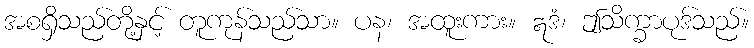
အစရှိသည်တို့နှင့် တူကုန်သည်သာ။ ပန၊ အထူးကား။ ဣဒံ၊ ဤသိက္ခာပုဒ်သည်။